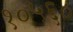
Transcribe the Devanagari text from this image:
१०५६०